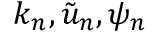
\boldsymbol { k } _ { n } , \tilde { u } _ { n } , \psi _ { n }